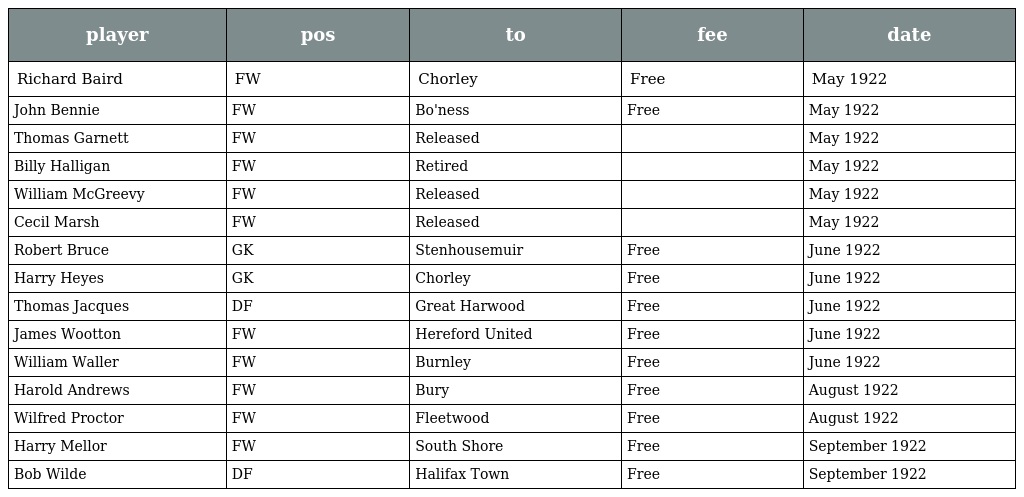
| player | pos | to | fee | date |
 | --- | --- | --- | --- | --- |
 | Richard Baird | FW | Chorley | Free | May 1922 |
 | John Bennie | FW | Bo'ness | Free | May 1922 |
 | Thomas Garnett | FW | Released |  | May 1922 |
 | Billy Halligan | FW | Retired |  | May 1922 |
 | William McGreevy | FW | Released |  | May 1922 |
 | Cecil Marsh | FW | Released |  | May 1922 |
 | Robert Bruce | GK | Stenhousemuir | Free | June 1922 |
 | Harry Heyes | GK | Chorley | Free | June 1922 |
 | Thomas Jacques | DF | Great Harwood | Free | June 1922 |
 | James Wootton | FW | Hereford United | Free | June 1922 |
 | William Waller | FW | Burnley | Free | June 1922 |
 | Harold Andrews | FW | Bury | Free | August 1922 |
 | Wilfred Proctor | FW | Fleetwood | Free | August 1922 |
 | Harry Mellor | FW | South Shore | Free | September 1922 |
 | Bob Wilde | DF | Halifax Town | Free | September 1922 |